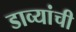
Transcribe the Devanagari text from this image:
डाव्यांची